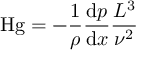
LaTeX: \mathrm { H g } = - { \frac { 1 } { \rho } } { \frac { \mathrm { d } p } { \mathrm { d } x } } { \frac { L ^ { 3 } } { \nu ^ { 2 } } }